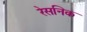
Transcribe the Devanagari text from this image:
रेसनिक